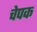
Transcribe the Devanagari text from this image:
चेपक